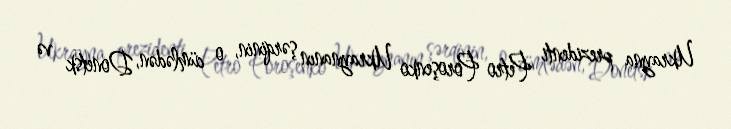
Ukrayna prezidenti Petro Poroşenko Ukraynanın şərqinin, o cümlədən, Donetsk və